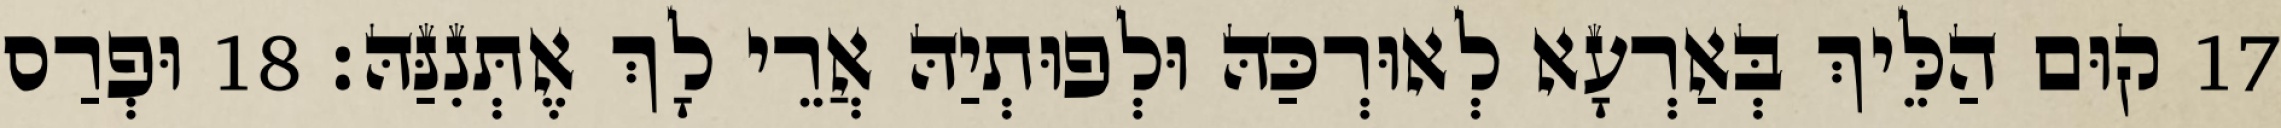
17 קוּם הַלֵּיךְ בְּאַרְעָא לְאוּרְכַּהּ וּלְפוּתְיַהּ אֲרֵי לָךְ אֶתְּנִנַּהּ׃ 18 וּפְרַס